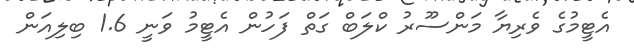
އެޓީމުގެ ވެރިޔާ މަންސޫރު ކްލަބް ގަތް ފަހުން އެޓީމު ވަނީ 1.6 ބިލިއަން